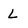
Character: L